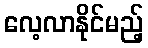
လေ့လာနိုင်မည့်